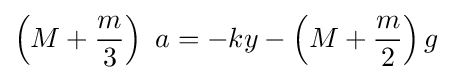
\left(M+{\frac {m}{3}}\right)\ a=-ky-\left(M+{\frac {m}{2}}\right)g